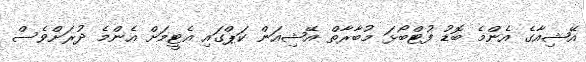
އޭޝިއާގެ އެންމެ ބޮޑު ފުޓްބޯޅަ މުބާރާތް އޭޝިއަން ކަޕްގައި އެޓީމަށް އެންމެ ދުރަށްވެސް